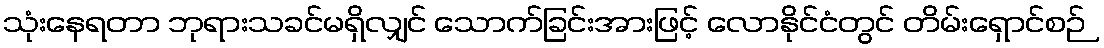
သုံးနေရတာ ဘုရားသခင်မရှိလျှင် သောက်ခြင်းအားဖြင့် လောနိုင်ငံတွင် တိမ်းရှောင်စဉ်